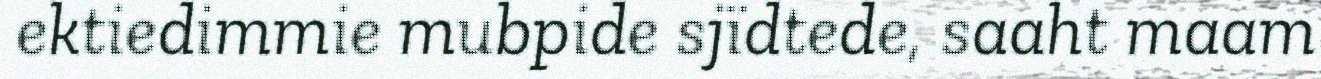
ektiedimmie mubpide sjïdtede, saaht maam